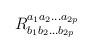
LaTeX: \begin{align*}R_{b_1 b_2 ...b_{2p}}^{a_1 a_2 ...a_{2p}}\end{align*}